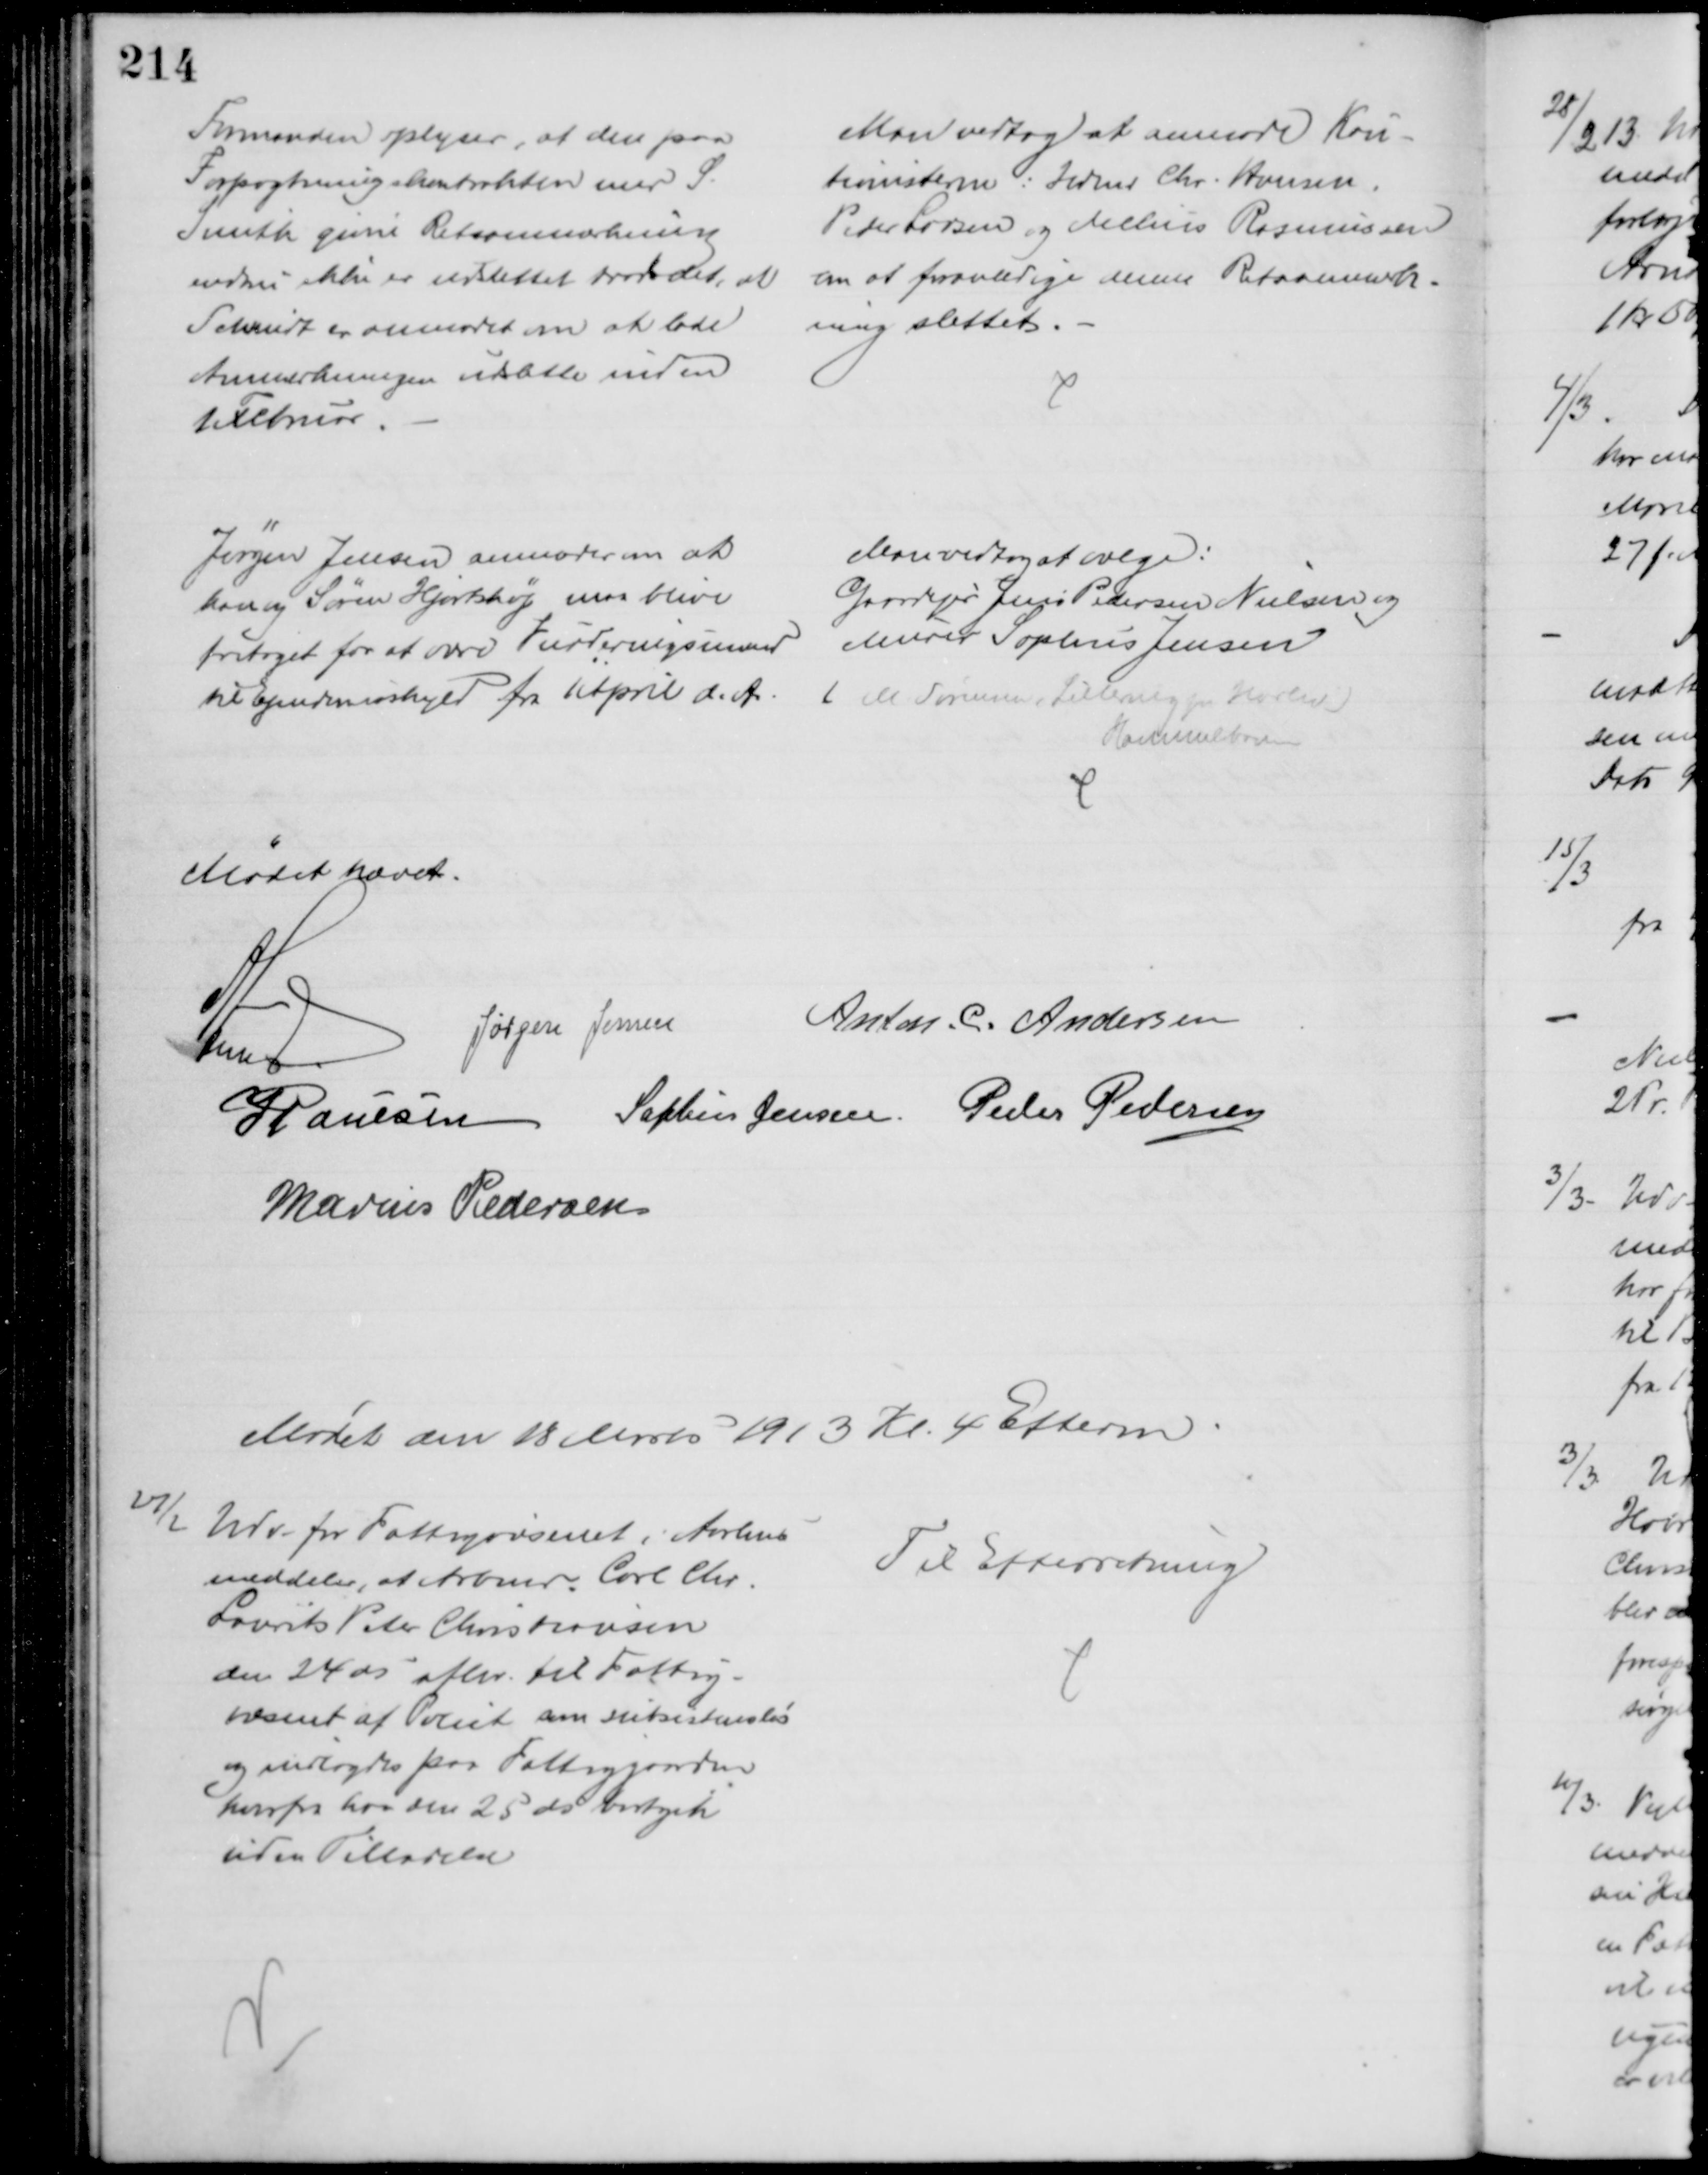
Transskription:
Formanden oplyser, at den paa
Forpagtningskontrakten med S.
Smith givne Retsanmærkning
endnu ikke er udslettet trods det, at
Schmidt er anmodet om at lade
Anmærkningen udslette inden
1 Februar
Man vedtog at anmode Kau-
tionisterne: Hdmd Chr. Hansen,
Peder Larsen og Melius Rasmussen
om at foranledige denne Retsanmærk-
ning slettet.
Jørgen Jensen anmoder om at
han og Søren Hjortshøj maa blive
fritaget for at være Vurderingsmænd
til Ejendomsskyld fra 1 April d. A.
Man vedtog at vælge:
Gaardejer Jens Pedersen Nielsen og
Murer Sophus Jensen
( M Sørensen, Lillering pr. Harlev)
Komunalbogen
Mødet hævet.
A Lund
Jørgen Jensen Anton C. Andersen
J Poulsen Sophus Jensen Peder Pedersen
Marius Pedersen
Mødet den 18 Marts 1913 Kl. 4 Efterm
27/2
Udv. for Fattigvæsenet i Aarhus
meddeler, at Arbmd. Carl Chr.
Laurits Peter Christiansen
den 24 ds aflev. til Fattig-
væsenet af Poliet som subsistensløs
og indlagdes paa Fattiggaarden
hvorfra han den 25 ds bortgik
uden Tilladelse
Til Efterretning